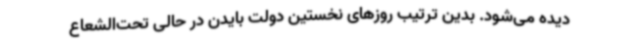
دیده می‌شود. بدین ترتیب روزهای نخستین دولت بایدن در حالی تحت‌الشعاع